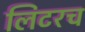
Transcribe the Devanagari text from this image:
लिटरच